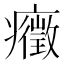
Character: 癥